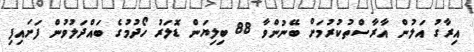
އިރާގު އަލުން އާރާސްތުކުރުމަށް ބޭނުންވާ 88 ބިލިޔަން ޑޮލަރު ހޯދުމުގެ ބައްދަލުވުން ފަށައިފި